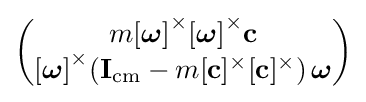
\left({\begin{matrix}m{[{\boldsymbol {\omega }}]}^{\times }{[{\boldsymbol {\omega }}]}^{\times }{\mathbf {c} }\\{[{\boldsymbol {\omega }}]}^{\times }({\mathbf {I} }_{\rm {cm}}-m[{\mathbf {c} }]^{\times }[{\mathbf {c} }]^{\times })\,{\boldsymbol {\omega }}\end{matrix}}\right)